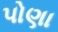
પોણા